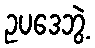
ဥပဒေဘွဲ့